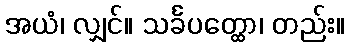
အယံ၊ လျှင်။ သင်္ခပတ္ထော၊ တည်း။